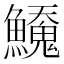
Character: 𬵲